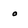
Character: o